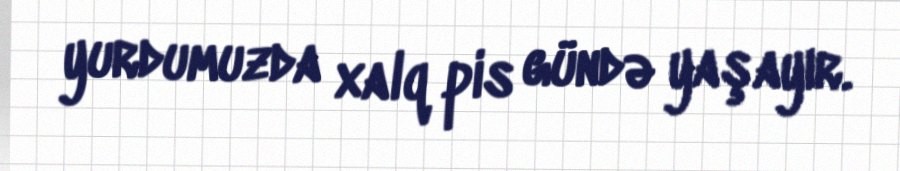
yurdumuzda xalq pis gündə yaşayır.